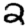
Digit: 2